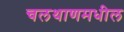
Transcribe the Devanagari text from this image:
चलथाणमधील